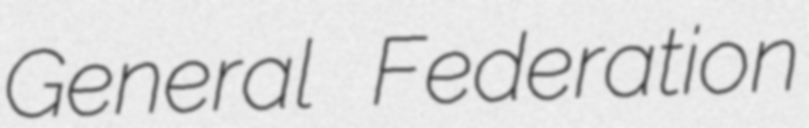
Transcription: General Federation